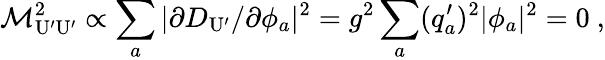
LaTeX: {\cal M}_{\mathrm{U^{\prime}U^{\prime}}}^{2}\propto\sum_{a}|\partial D_{\mathrm{U^{\prime}}}/\partial\phi_{a}|^{2}=g^{2}\sum_{a}(q_{a}^{\prime})^{2}|\phi_{a}|^{2}=0\ ,